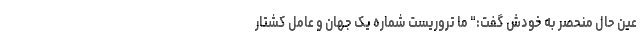
عین حال منحصر به خودش گفت:" ما تروریست شماره یک جهان و عامل کشتار